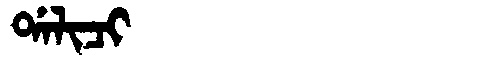
Manchu: ᡩᠠᠯᡳᠴᡳ
Romanization: DALICI